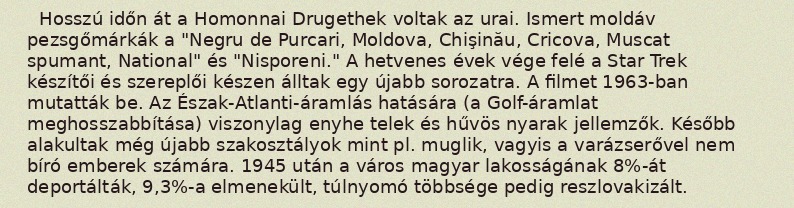
Hosszú időn át a Homonnai Drugethek voltak az urai. Ismert moldáv pezsgőmárkák a "Negru de Purcari, Moldova, Chişinău, Cricova, Muscat spumant, National" és "Nisporeni." A hetvenes évek vége felé a Star Trek készítői és szereplői készen álltak egy újabb sorozatra. A filmet 1963-ban mutatták be. Az Észak-Atlanti-áramlás hatására (a Golf-áramlat meghosszabbítása) viszonylag enyhe telek és hűvös nyarak jellemzők. Később alakultak még újabb szakosztályok mint pl. muglik, vagyis a varázserővel nem bíró emberek számára. 1945 után a város magyar lakosságának 8%-át deportálták, 9,3%-a elmenekült, túlnyomó többsége pedig reszlovakizált.